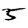
Digit: 5